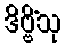
ဒိဗ္ဗိံသု